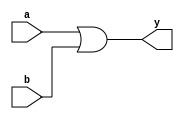
module or_gate (
    input wire a,
    input wire b,
    output reg y
    );
    
    assign y = a | b;
    
endmodule